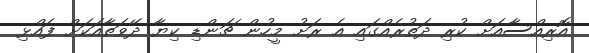
އޮރިއްސާއަށް ކުރި ދަތުރެއްގައި އެ ރަށު މީހުން ޗަންޑި ކިޔާ ދޭވަތާއަކަށް ފައްޅި